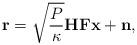
LaTeX: \begin{align*}\mathbf{r} = \sqrt{\frac{P}{\kappa}}\mathbf{H}\mathbf{F}\mathbf{x} +\mathbf{n},\end{align*}